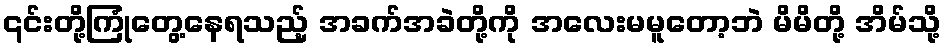
၎င်းတို့ကြုံတွေ့နေရသည့် အခက်အခဲတို့ကို အလေးမမူတော့ဘဲ မိမိတို့ အိမ်သို့